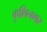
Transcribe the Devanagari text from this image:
कुशिनगर